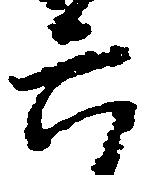
六